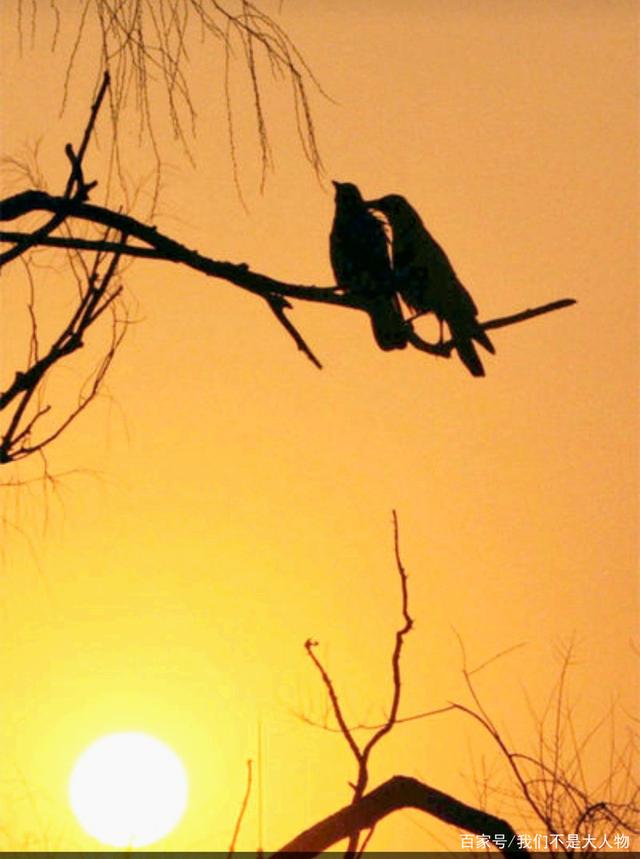
斜阳外，寒鸦万点，流水绕孤村。